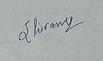
Signature authenticity: genuine